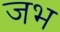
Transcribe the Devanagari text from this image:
जभ